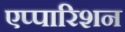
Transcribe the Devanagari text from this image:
एप्पारिशन